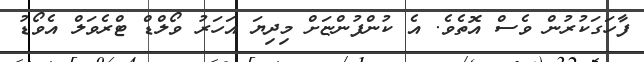
ފާހަގަކުރުން ވެސް އޮތެވެ. އެ ކުންފުންޏަށް މިދިޔަ އަހަރު ވޯލްޑް ޓްރެވަލް އެވޯޑު